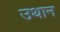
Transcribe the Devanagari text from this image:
उथान